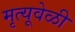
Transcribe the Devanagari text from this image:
मृत्यूवेळी